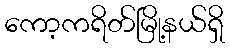
ကော့ကရိတ်မြို့နယ်ရှိ